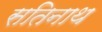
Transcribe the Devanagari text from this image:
सतिनाथ